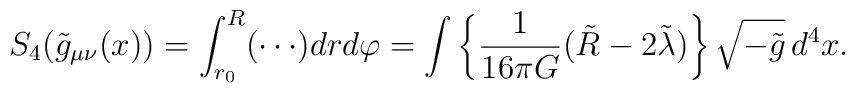
S_4(\tilde g_{\mu\nu}(x))=\int_{r_0}^{R}(\cdots)drd\varphi=\int\left\{\frac{1}{16\pi G}(\tilde R-2\tilde\lambda)\right\}\sqrt{-\tilde g}\,d^{4}x.